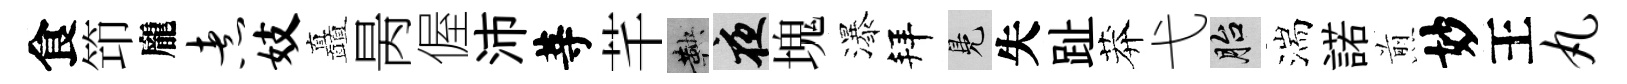
食笻龐煮妓矗昺偓沛䓁芊鞅夜塊瀑拜鳬失趾莽弋胎湍諾煎妙王丸